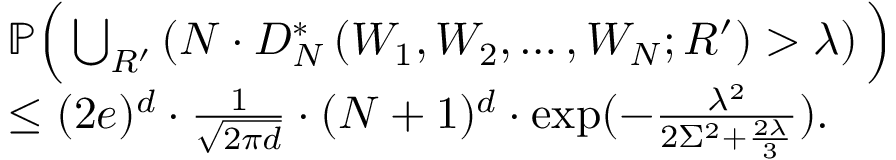
\begin{array} { r l } & { \mathbb { P } \Big ( \bigcup _ { R ^ { \prime } } \left( N \cdot D _ { N } ^ { * } \left( W _ { 1 } , W _ { 2 } , \ldots , W _ { N } ; R ^ { \prime } \right) > \lambda \right) \Big ) } \\ & { \leq ( 2 e ) ^ { d } \cdot \frac { 1 } { \sqrt { 2 \pi d } } \cdot ( N + 1 ) ^ { d } \cdot \exp ( - \frac { \lambda ^ { 2 } } { 2 \Sigma ^ { 2 } + \frac { 2 \lambda } { 3 } } ) . } \end{array}